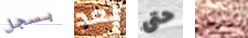
بسجل بعد حتى حامل